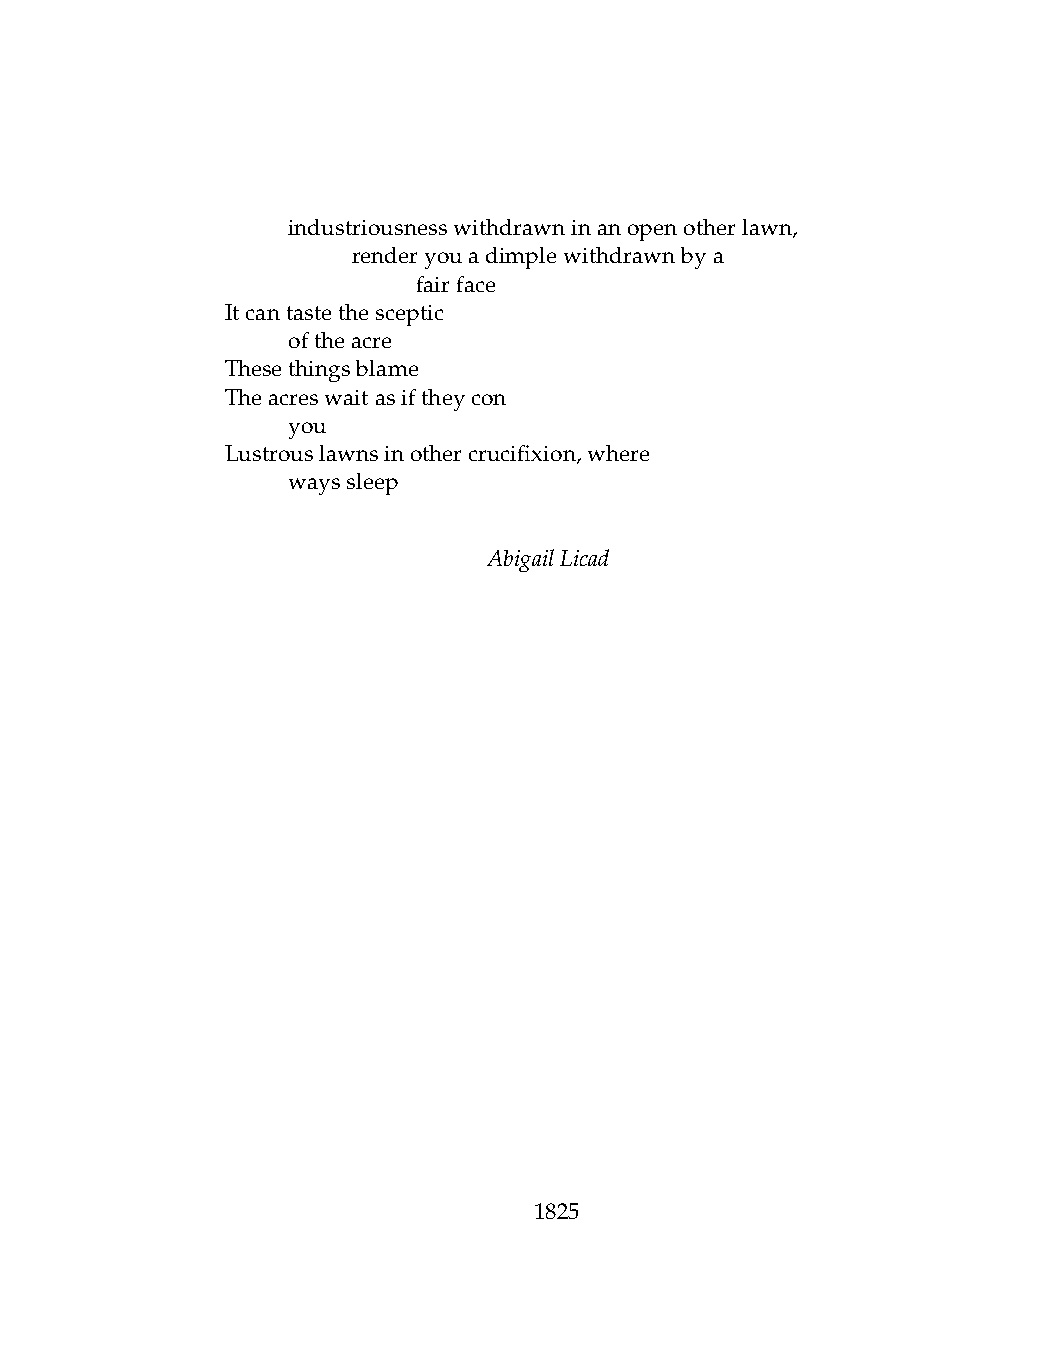
.   industriousnesswithdrawninanopenotherlawn,
 .   .   renderyouadimplewithdrawnbya
 .   .   .    fairface
 Itcantastethesceptic
 .   oftheacre
 Thesethingsblame
 Theacreswaitasiftheycon
 .   you
 Lustrouslawnsinothercrucifixion,where
 .   wayssleep
 AbigailLicad
 1825